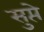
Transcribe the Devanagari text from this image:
सुप्ते